system: You are a helpful assistant.
user:
Analyze the provided spectrum to determine if it is a **Carbon Star (C-type)**.

- **Key Visual Indicators of Carbon Star:**
    - **(Primary):** Strong molecular absorption from **C₂ (diatomic carbon) "Swan Bands."** This is the **defining feature** of a carbon star.
        - **(Key Bandheads):** Sharp absorption edges are visible at approximately $5635$ Å, $5165$ Å (the strongest band), and $4737$ Å.
        - **(Line Profile):** Creates a distinct **"saw-tooth"** pattern. The key morphology is a sharp, steep bandhead on the **red (long-wavelength) side**, which then gradually tapers off (i.e., flux recovers) towards the **blue (short-wavelength) side**. *(This is the direct opposite of the TiO bands seen in M-type stars)*.

    - **(Secondary):** Intense **CN (cyanogen)** molecular absorption bands.
        - **(Key Bandheads):** Located in the blue and violet regions of the spectrum (e.g., near $4215$ Å and $3883$ Å).
        - **(Morphology):** These bands are extremely broad and act as a "blanket," absorbing the vast majority of blue and violet light. This creates a characteristic **"cliff"** or **"steep drop-off"** in the spectrum's flux at short wavelengths.

    - **(Key Confirmation):** Strong **CH absorption band (G-band)**.
        - **(Key Bandhead):** Located around $4300$ Å. The contribution from CH molecules to this band is exceptionally strong.

    - **(Overall Spectrum):**
        - The continuum is severely "chopped up" by these deep molecular bands, especially C₂, rather than appearing as a smooth curve.
        - Due to the heavy CN and C₂ absorption in the blue-green, the vast majority of the star's flux is concentrated in the red part of the spectrum, giving the star its characteristic deep red color.

Think first, call **spectral_visualization_tool** if needed to examine features in detail, then provide your final answer. Your response must adhere to the following strict rules:
1.  **Overall Structure:** Your response must follow the format `<think>...</think> <tool_call>...</tool_call> (if a tool is used) <answer>...</answer>`.
2.  **Tool Usage Constraint:** You may only make **one** tool call per turn.
3.  **Final Answer Format:** In the `<answer>` tag, your conclusion must be inside a `\boxed{}` command (e.g., `\boxed{YES}`), followed by your justification.

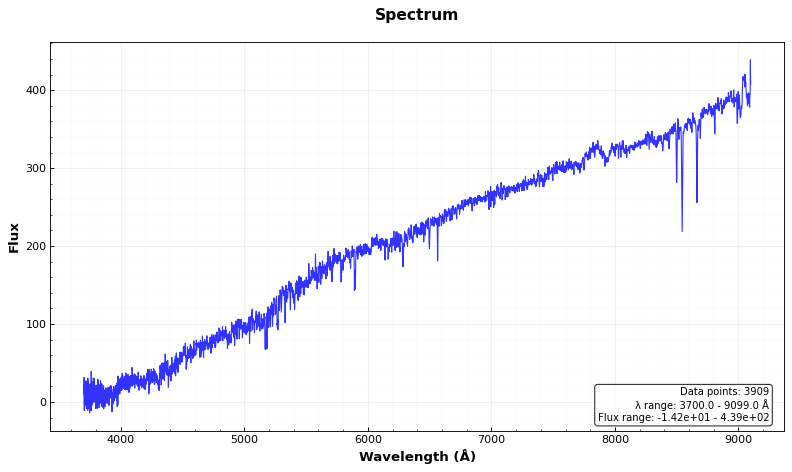
Answer: NO